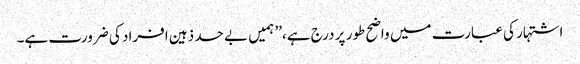
اشتہار کی عبارت میں واضح طور پر درج ہے،’’ ہمیں بے حد ذہین افراد کی ضرورت ہے۔